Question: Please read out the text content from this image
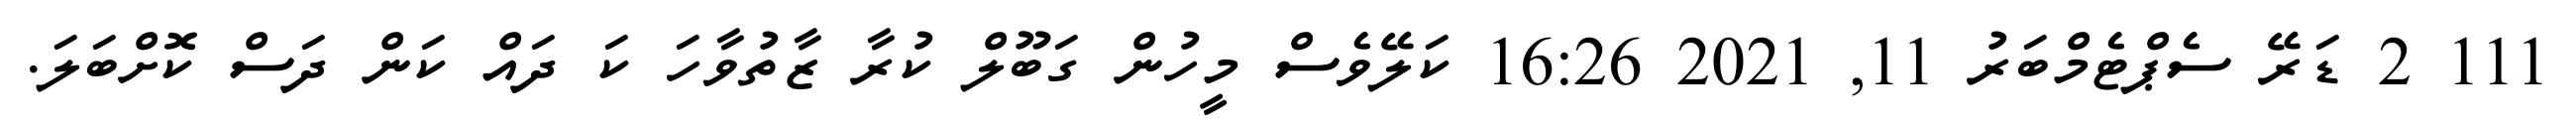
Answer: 111 2 ޑަރޭ ސެޕްޓެމްބަރު 11, 2021 16:26 ކަލޭވެސް މީހުން ގަބޫލް ކުރާ ޒާތުވާހަ ކަ ދައް ކަން ދަސް ކޮށްބަލަ.